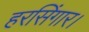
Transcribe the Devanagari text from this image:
हरसिंगार।